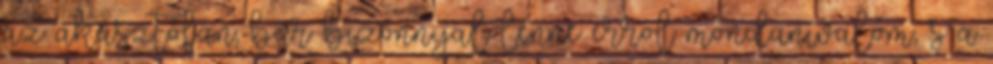
az akasztófán; bár bizonnyal lenne erről mondanivalóm, s a